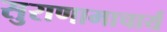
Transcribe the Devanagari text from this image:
सुराणामाचार्य